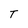
Character: T